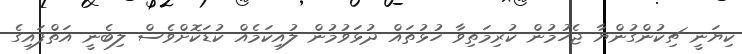
ކިޔަނީ ޗިކުންގުންޔާ ޖެހުމުން ކުރިމަތިވާ ހުޅުތައް ދުޅަވުމުން ލުއިކަމެއް ކުޑަކޮށްވެސް ލިބެނީ އަތްފައިގެ